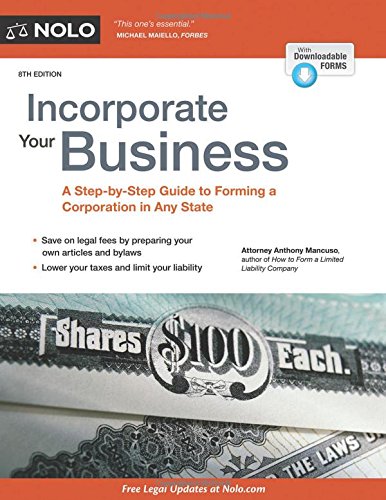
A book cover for Incorporate Your Business: A Step-by-Step Guide to Forming a Corporation in Any State; Anthony Mancuso Attorney; Law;